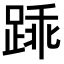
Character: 𫏓